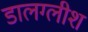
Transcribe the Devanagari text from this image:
डालग्लीश